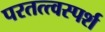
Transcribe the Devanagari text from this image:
परतत्त्वस्पर्श